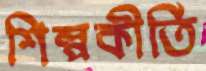
শিল্পকীর্তি